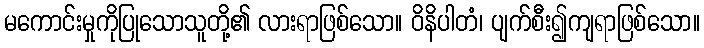
မကောင်းမှုကိုပြုသောသူတို့၏ လားရာဖြစ်သော။ ဝိနိပါတံ၊ ပျက်စီး၍ကျရာဖြစ်သော။